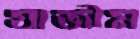
যাজীম